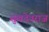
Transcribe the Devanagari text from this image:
सुखदेवराज